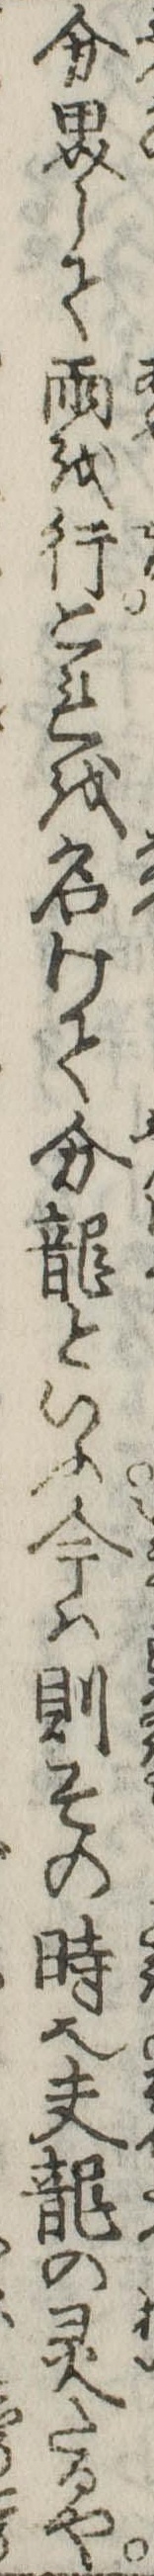
分界して雨を行これを名けて分竜といふ今は則その時也夫竜の霊たるや